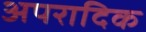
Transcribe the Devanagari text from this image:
अपरादिक